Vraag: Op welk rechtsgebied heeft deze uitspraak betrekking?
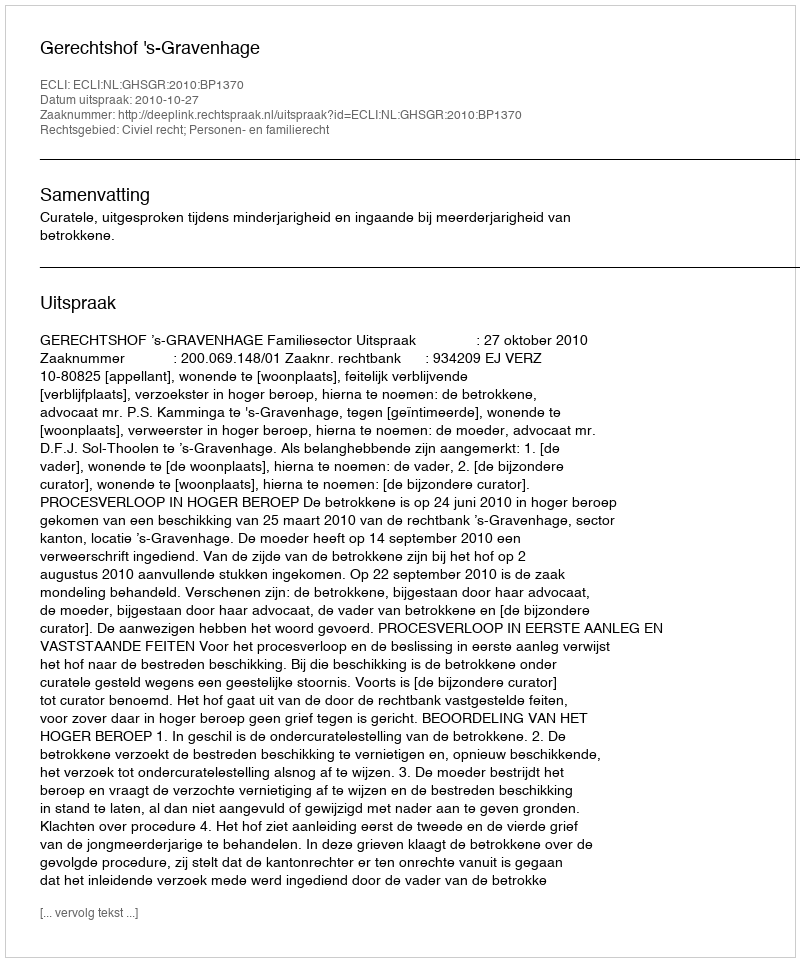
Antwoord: Civiel recht; Personen- en familierecht